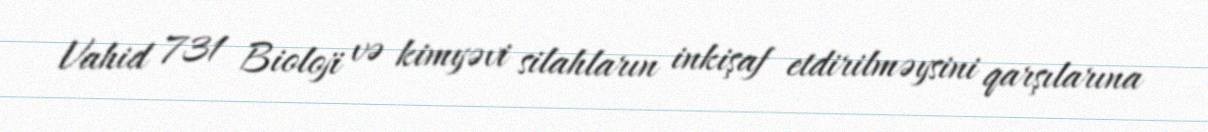
Vahid 731 Bioloji və kimyəvi silahların inkişaf etdirilməysini qarşılarına